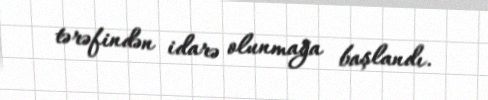
tərəfindən idarə olunmağa başlandı.